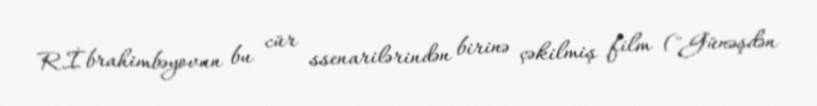
R.İbrahimbəyovun bu cür ssenarilərindən birinə çəkilmiş film ("Günəşdən